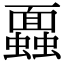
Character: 蠠